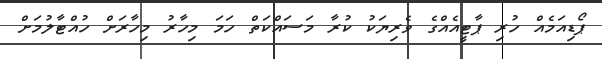
ޕޯޑިއަމެއް ހުރި ޕާޓީއެއްގެ ވެރިޔަކު ކުރާ މަސައްކަތް ހަމަ މިހާރު މިހާރަށް ހުއްޓާލުމަށް